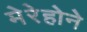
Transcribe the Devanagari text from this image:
मेरेहोने